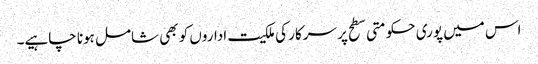
اس میں پوری حکومتی سطح پر سرکار کی ملکیت اداروں کو بھی شامل ہونا چاہیے۔